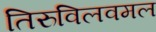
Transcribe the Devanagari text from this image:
तिरुविलवमल